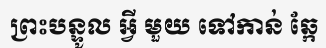
ព្រះបន្ទូល អ្វី មួយ ទៅកាន់ ឆ្កែ